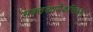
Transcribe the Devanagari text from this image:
भक्तकार्यैकसिंहाय